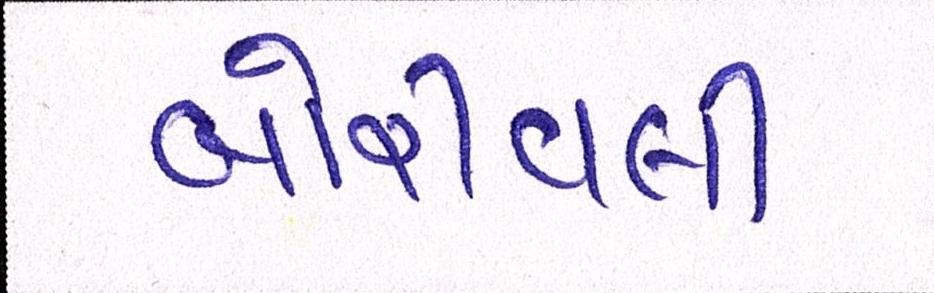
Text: બોરીવલી